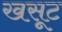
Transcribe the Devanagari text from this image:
खसूट